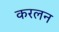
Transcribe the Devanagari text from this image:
करलन